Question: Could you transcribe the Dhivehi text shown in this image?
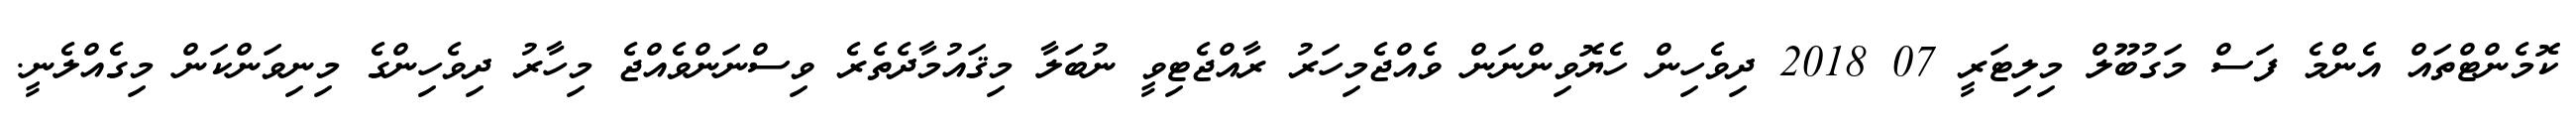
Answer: ކޮމެންޓްތައް އެންމެ ފަސް މަގުބޫލް މިލިޓަރީ 07 2018 ދިވެހިން ހެޔޮވިންނަން ވެއްޖެމިހަރު ރާއްޖެޓިވީ ނުބަލާ މިޤައުމާދެތެރެ ވިސްނަންވެއްޖެ މިހާރު ދިވެހިންގެ މިނިވަންކަން މިގެއްލެނީ.